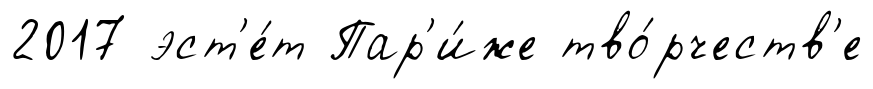
2017 эст'е́т Пар'и́же тво́рчеств'е